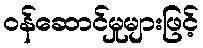
ဝန်ဆောင်မှုများဖြင့်